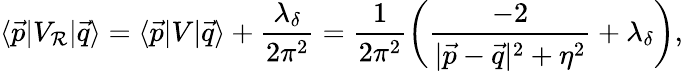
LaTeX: \langle\vec{p}|V_{\cal R}|\vec{q}\rangle=\langle\vec{p}|V|\vec{q}\rangle+\frac{\lambda_{\delta}}{2\pi^{2}}=\frac{1}{2\pi^{2}}\left(\frac{-2}{|\vec{p}-\vec{q}|^{2}+\eta^{2}}+\lambda_{\delta}\right),